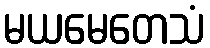
မယမေတေသံ